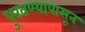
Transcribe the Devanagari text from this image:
पुरवण्यापासून